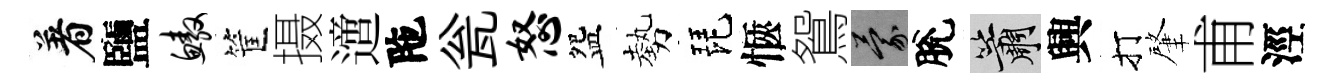
着鹽鳌筐摄𨗁陁瓮怒盌勢琵愜鴛蒙脫簫興打肇甫涇